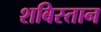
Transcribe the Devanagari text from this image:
शबिस्तान